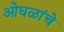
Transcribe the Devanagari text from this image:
ओघळांचे